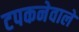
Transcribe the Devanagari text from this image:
टपकनेवाले